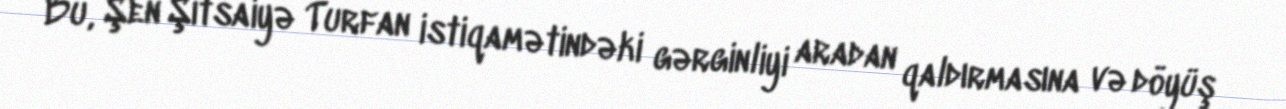
Bu, Şen Şitsaiyə Turfan istiqamətindəki gərginliyi aradan qaldırmasına və döyüş